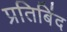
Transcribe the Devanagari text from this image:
प्रतिबिंद